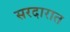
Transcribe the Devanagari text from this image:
सरदारात